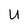
Character: U